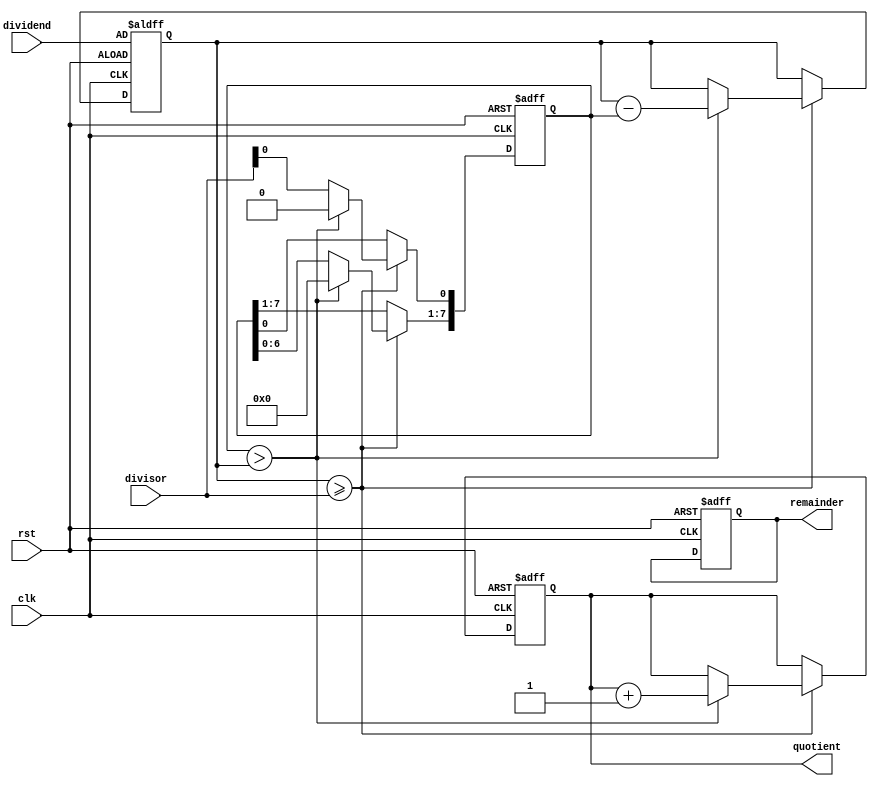
module shift_and_subtract_divider(
    input wire clk,
    input wire rst,
    input wire [7:0] dividend,
    input wire [7:0] divisor,
    output reg [7:0] quotient,
    output reg [7:0] remainder
);

reg [7:0] shifted_divisor;
reg [7:0] temp_remainder;

always @(posedge clk or posedge rst) begin
    if (rst) begin
        shifted_divisor <= 8'b0;
        temp_remainder <= dividend;
        quotient <= 8'b0;
        remainder <= 8'b0;
    end else begin
        if (temp_remainder >= divisor) begin
            shifted_divisor <= shifted_divisor << 1;
            shifted_divisor[0] <= divisor; // shifting left and adding LSB back to match the dividend size
            if (shifted_divisor > temp_remainder) begin
                shifted_divisor <= shifted_divisor >> 1;
                temp_remainder <= temp_remainder - shifted_divisor;
                shifted_divisor <= 8'b0;
                quotient <= quotient + 1;
            end
        end
    end
end

endmodule